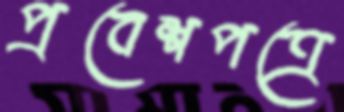
প্রবেশপত্রে